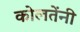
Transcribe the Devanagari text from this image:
कोलतेंनी